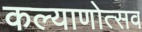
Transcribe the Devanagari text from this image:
कल्‍याणोत्‍सव